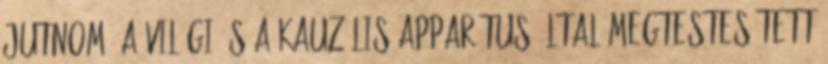
jutnom. A világi és a kauzális apparátus által megtestesített